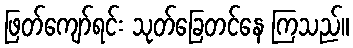
ဖြတ်ကျော်ရင်း သုတ်ခြေတင်နေ ကြသည်။